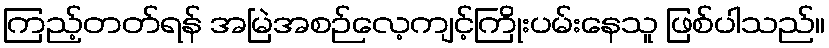
ကြည့်တတ်ရန် အမြဲအစဉ်လေ့ကျင့်ကြိုးပမ်းနေသူ ဖြစ်ပါသည်။